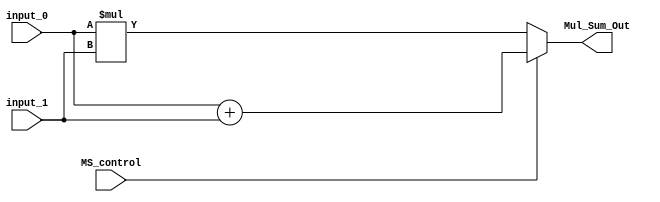
module Mul_Sum
#(
	parameter WORD_LENGTH = 8
)

(
	// Input Ports
	input MS_control,
	input [WORD_LENGTH-1:0] input_0,
	input [WORD_LENGTH-1:0] input_1,
	
	output reg [WORD_LENGTH-1:0] Mul_Sum_Out

);


always@(input_0, input_1, MS_control) begin
	if(MS_control==0)
		Mul_Sum_Out = input_0 * input_1;
	else
		Mul_Sum_Out = input_0 + input_1;

end


endmodule